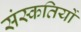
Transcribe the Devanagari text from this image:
संस्कतियों